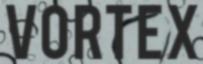
VORTEX